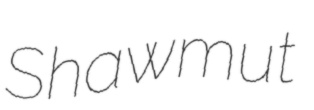
Shawmut